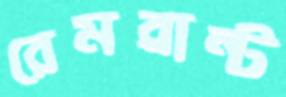
রেমব্রান্ট